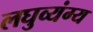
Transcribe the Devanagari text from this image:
लघुव्यंग्य